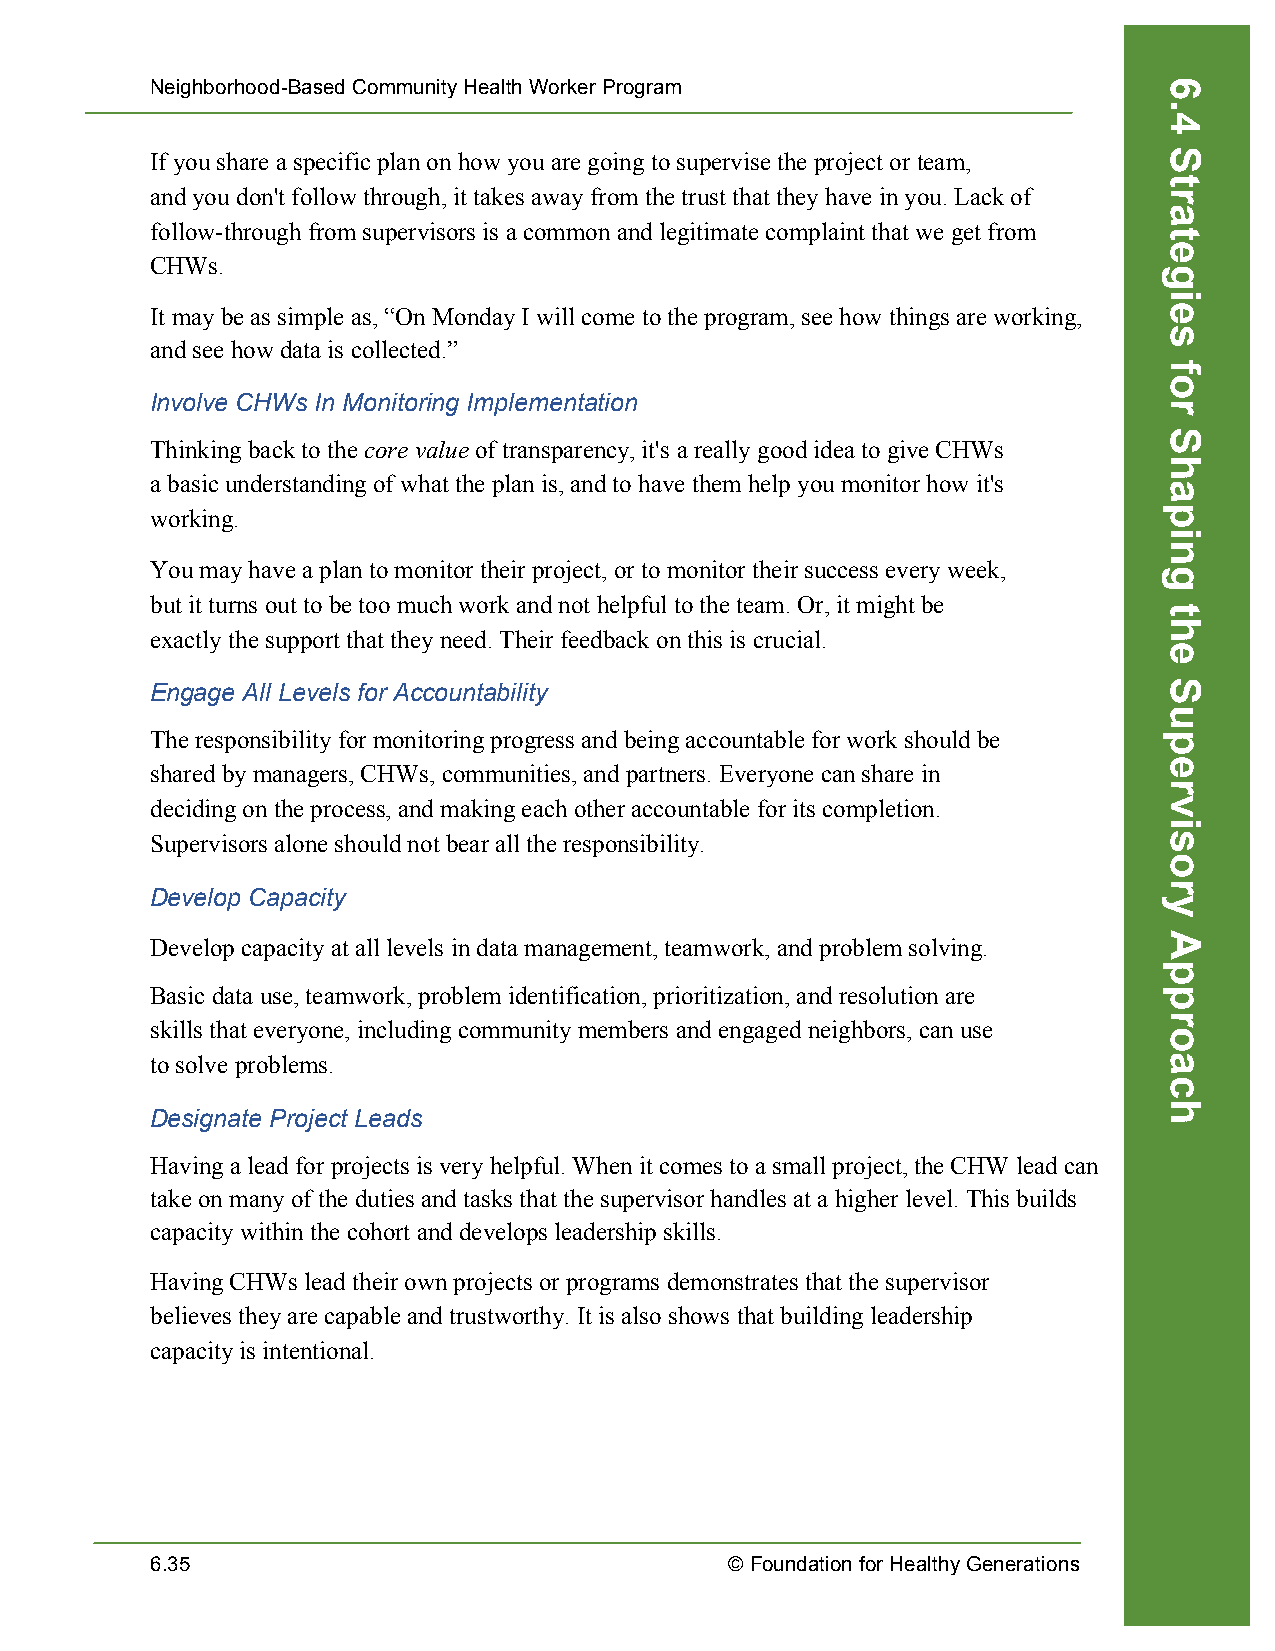
Neighborhood-Based Community Health Worker Program
 If you share a specific plan on how you are going to supervise the project or team,
 and you don't follow through, it takes away from the trust that they have in you. Lack of
 follow-through from supervisors is a common and legitimate complaint that we get from
 CHWs.
 It may be as simple as, “On Monday I will come to the program, see how things are working,
 and see how data is collected.”
 Involve CHWs In Monitoring Implementation
 Thinking back to the core value of transparency, it's a really good idea to give CHWs
 a basic understanding of what the plan is, and to have them help you monitor how it's
 working.
 You may have a plan to monitor their project, or to monitor their success every week,
 but it turns out to be too much work and not helpful to the team. Or, it might be
 exactly the support that they need. Their feedback on this is crucial.
 Engage All Levels for Accountability
 The responsibility for monitoring progress and being accountable for work should be
 shared by managers, CHWs, communities, and partners. Everyone can share in
 deciding on the process, and making each other accountable for its completion.
 Supervisors alone should not bear all the responsibility.
 Develop Capacity
 Develop capacity at all levels in data management, teamwork, and problem solving.
 Basic data use, teamwork, problem identification, prioritization, and resolution are
 skills that everyone, including community members and engaged neighbors, can use
 to solve problems.
 Designate Project Leads
 Having a lead for projects is very helpful. When it comes to a small project, the CHW lead can
 take on many of the duties and tasks that the supervisor handles at a higher level. This builds
 capacity within the cohort and develops leadership skills.
 Having CHWs lead their own projects or programs demonstrates that the supervisor
 believes they are capable and trustworthy. It is also shows that building leadership
 capacity is intentional.
 6.35                                  © Foundation for Healthy Generations
 6.4
 Strategies
 for
 Shaping
 the
 Supervisory
 Approach